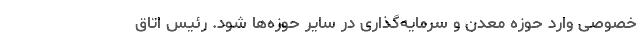
خصوصی وارد حوزه معدن و سرمایه‌گذاری در سایر حوزه‌ها شود. رئیس اتاق